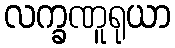
လက္ခဏူရုယာ